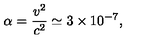
\alpha = \frac { v ^ { 2 } } { c ^ { 2 } } \simeq 3 \times 1 0 ^ { - 7 } ,